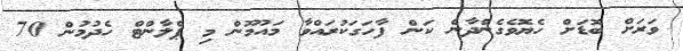
ވަރަށް ބޮޑަށް ހެޔޮވެގެންދާނެ ކަން ފާހަގަކުރައްވާ މައުމޫން މި ޕްލާންޓް ހެދުމުން 70